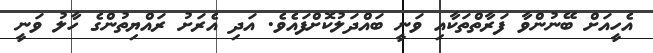
އެހީއަށް ބޭނުންވާ ފަރާތްތަކާއި ވަނީ ބައްދަލުކޮށްފައެވެ. އަދި އެރަށު ރައްޔިތުންގެ ހާލު ވަނީ